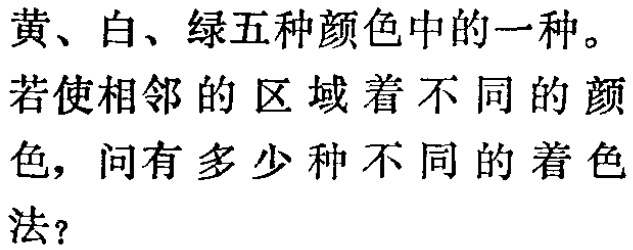
黄、白、绿五种颜色中的一种。

若使相邻的区域着不同的颜

色，问有多少种不同的着色

法？